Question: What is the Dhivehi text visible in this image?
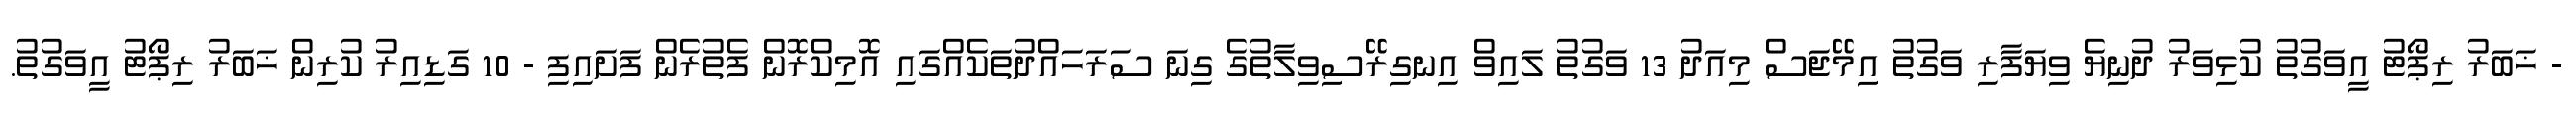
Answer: - ޚަބަރު ރިޕޯޓު އީވަގުތު ކުޅިވަރު ދުނިޔެ ވިޔަފާރި ވަގުތު އިމޭޖަސް މިއަދު 13 ވަގުތު ލައިވް އިނގިރޭސިވިލާތުގެ ގިނަ ސަރަހައްދުތަކެއްގައި އޮމިކްރޮން ފެތުރެން ފަށައިފި - 10 ގަޑިއިރު ކުރިން ޚަބަރު ރިޕޯޓު އީވަގުތު.